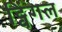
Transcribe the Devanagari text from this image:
ट्विंगल